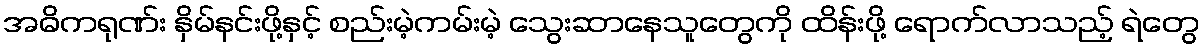
အဓိကရုဏ်း နှိမ်နင်းဖို့နှင့် စည်းမဲ့ကမ်းမဲ့ သွေးဆာနေသူတွေကို ထိန်းဖို့ ရောက်လာသည့် ရဲတွေ